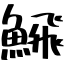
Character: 𩹉